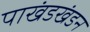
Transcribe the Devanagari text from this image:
पाखंडखंडन